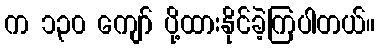
က ၁၃၀ ကျော် ပို့ထားနိုင်ခဲ့ကြပါတယ်။